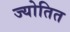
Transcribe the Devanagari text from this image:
ज्योतित